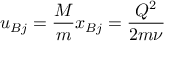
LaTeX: u _ { B j } = \frac { M } { m } x _ { B j } = \frac { Q ^ { 2 } } { 2 m \nu }